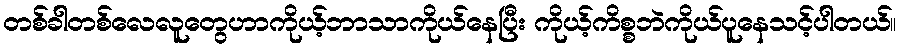
တစ်ခါတစ်လေလူတွေဟာကိုယ့်ဘာသာကိုယ်နေပြီး ကိုယ့်ကိစ္စဘဲကိုယ်ပူနေသင့်ပါတယ်။